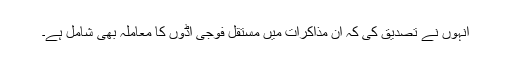
انہوں نے تصدیق کی کہ ان مذاکرات میں مستقل فوجی اڈوں کا معاملہ بھی شامل ہے۔